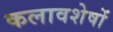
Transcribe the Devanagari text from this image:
कलावशेषों